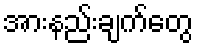
အားနည်းချက်တွေ